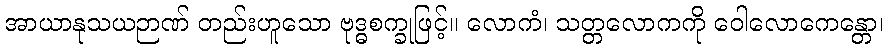
အာယာနုသယဉာဏ် တည်းဟူသော ဗုဒ္ဓစက္ခုဖြင့်။ လောကံ၊ သတ္တလောကကို ဝေါလောကေန္တော၊